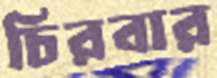
চিরবার